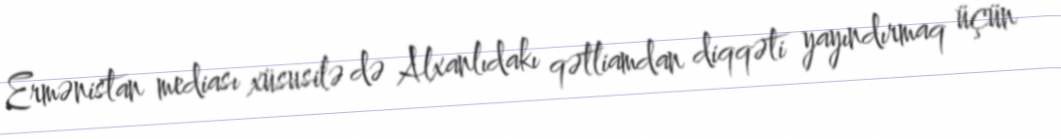
Ermənistan mediası xüsusilə də Alxanlıdakı qətliamdan diqqəti yayındırmaq üçün